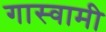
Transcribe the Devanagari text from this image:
गास्वामी